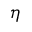
\eta